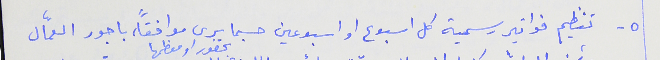
٥- تنظيم فواتير رسمية كل اسبوع او اسبوعين حسبما يرى موافقاً، باجور العمّال